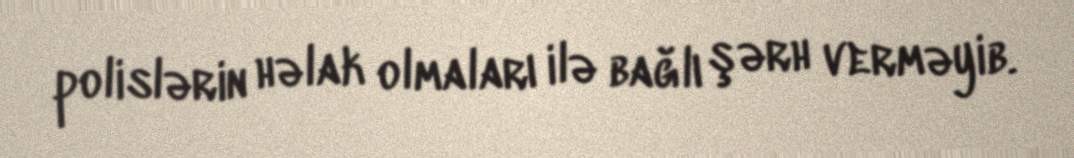
polislərin həlak olmaları ilə bağlı şərh verməyib.